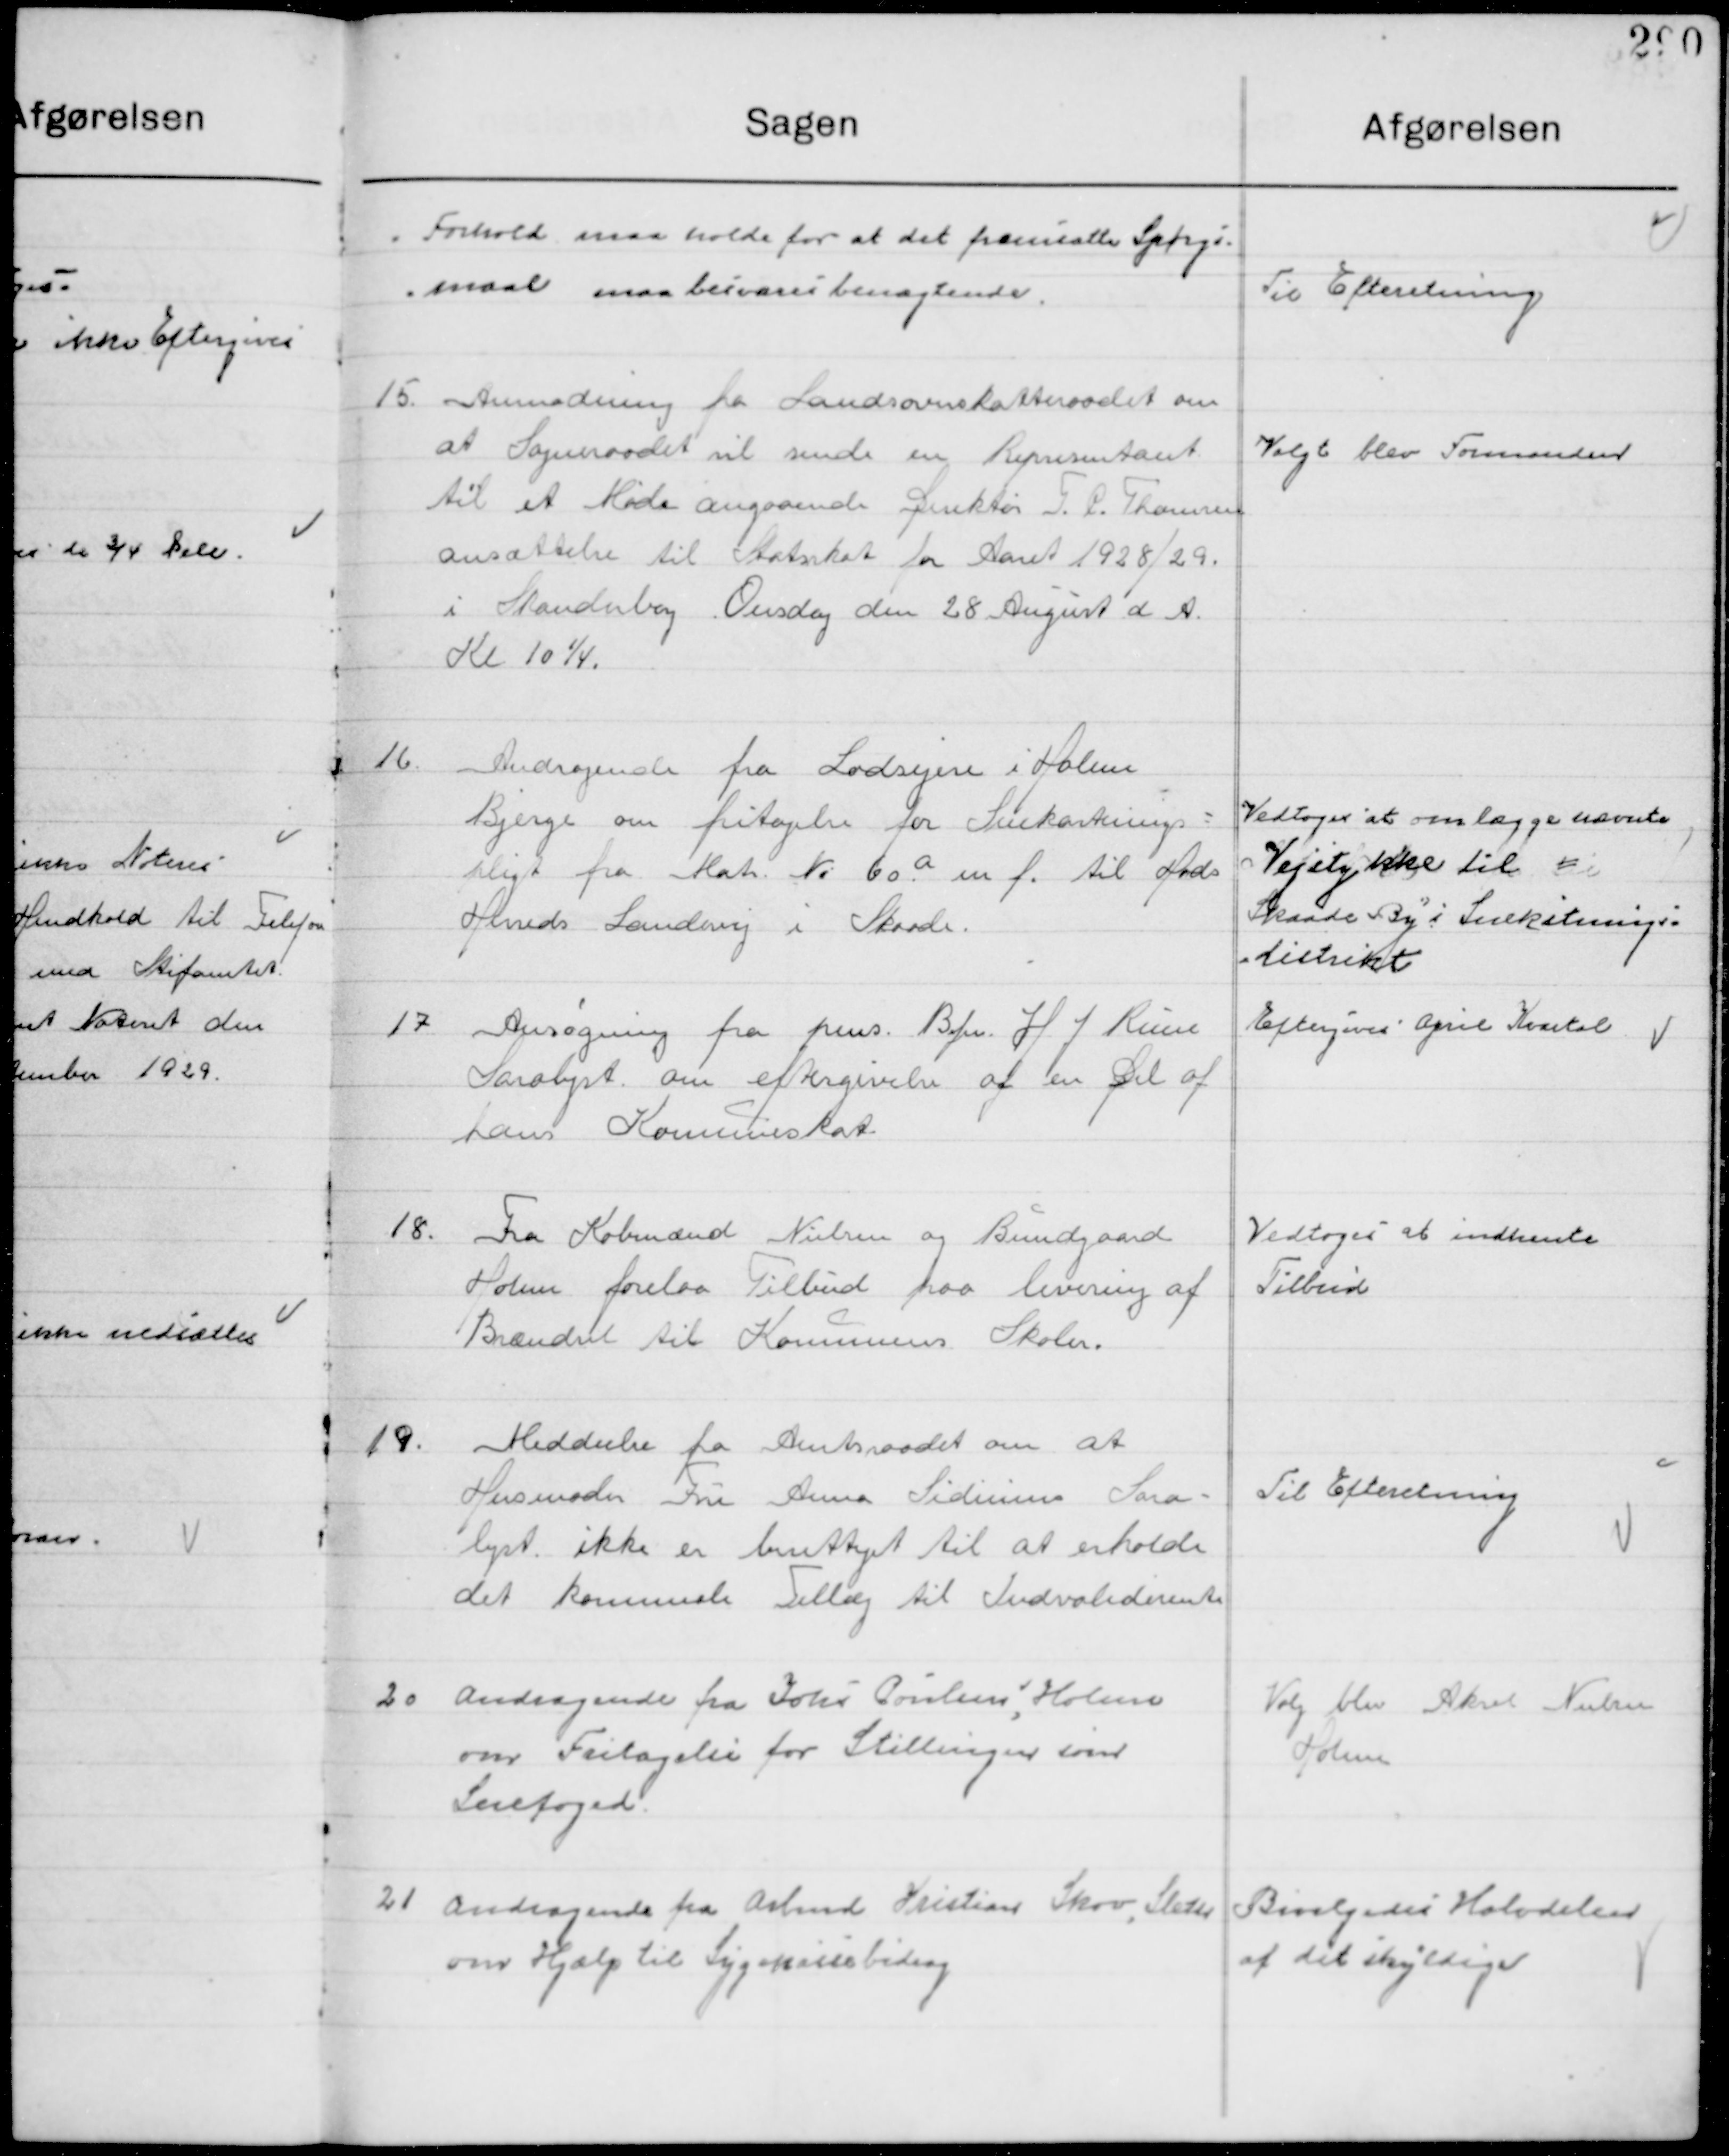
Transskription:
Forhold maa holde for at fremsættes Spørgs-
maal maa besvare benægtemde

Til Efterretning

15

Anmodning fra Landsoverskatteraadet om
at Sogneraadet vil sende en Repræsentant
til et Møde angaaende Direktør T. P. Thomsen
ansættelse til Statsskat for Aaret 1928/29
i Skanderborg Onsdag den 28 August d. A. 
Kl. 10 ¼.

Valgt blev formanden

16

Andragende fra lodsejere i Holme
Bjerge om fritagelse for Snekastnings-
pligt fra Matr. Nr. 60 a m. f. til Hads 
Herreds Landevej i Skaade.

Vedtoges at omlægge nævnte
Vejstykke til 
Skaade By i Snekastnings-
distrikt

17

Ansøgning fra Bfm. H. J. Rune
Saralyst om eftergivelse af en del af 
Hans Kommuneskat.

Eftergives April Kvartal

18

Fra Købmand Nielsen og Bundgaard
Holme forelaa tilbud paa levering af
Brændsel til Kommunens Skoler.

Vedtoges at indhente
Tilbud

19

Meddelelse fra Amtsraadet om at 
Husmoder Fru Anna Sidinius Sara-
Lyst ikke er berettiget til at erholde
Det kommunale tillæg til Invaliderenten

Til Efterretning

20

Andragende fra Johs. Poulsen, Holme
om Fritagelse for Stillingen som 
Snefoged.

Valg blev Aksen Nielsen
Holme

21

Andragende fra Arbmd. Kristian skov, Sleter
om Hjælp til Sygekassebidrag

Bevilgedes Halvdelen
 af det skyldige